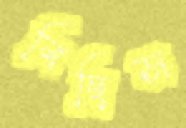
বিছিস